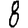
Digit: 8